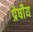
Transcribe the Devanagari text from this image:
प्रेषीय